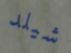
شيلد